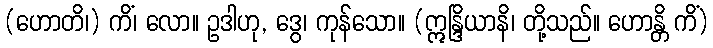
(ဟောတိ၊) ကိံ၊ လော။ ဥဒါဟု, ဒွေ၊ ကုန်သော။ (ဣန္ဒြိယာနိ၊ တို့သည်။ ဟောန္တိ ကိံ)